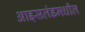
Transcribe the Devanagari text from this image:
आइसलंडमधील